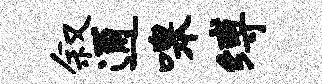
叙通嗥缚